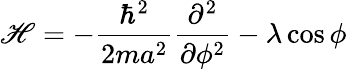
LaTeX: \mathscr{H}=-{\frac{{\hbar^{2}}}{{2ma^{2}}}}{\frac{{\partial^{2}}}{{\partial\phi^{2}}}}-\lambda\cos\phi